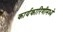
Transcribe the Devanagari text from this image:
कार्यकारिणीमध्ये